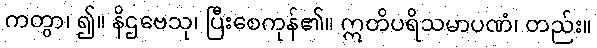
ကတွာ၊ ၍။ နိဌဗေသု၊ ပြီးစေကုန်၏။ ဣတိပရိသမာပဏံ၊ တည်း။